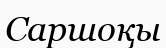
Саршоқы